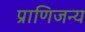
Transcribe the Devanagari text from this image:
प्राणिजन्य